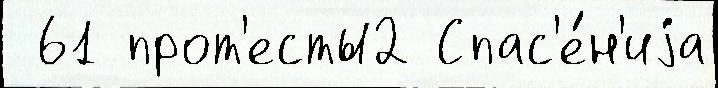
 61 прот'есты2 Спас'е́н'иjа